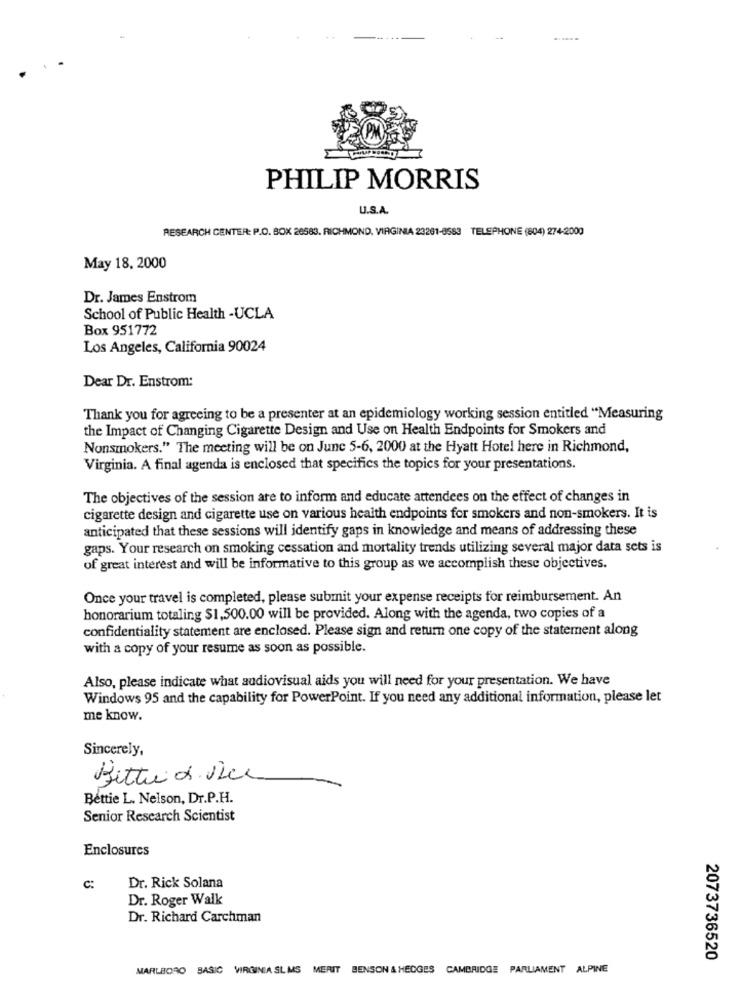
PHILIP MORRIS
U.S.A.
RESEARCH CENTER: P.O. BOX 20583. RICHMOND, VIRGINIA 23261-6583 TELEPHONE (804) 274-2000
May 18, 2000
Dr. James Enstrom
School of Public Health -UCLA
Box 951772
Los Angeles, California 90024
Dear Dr. Enstrom:
Thank you for agreeing to be a presenter at an epidemiology working session entitled "Measuring
the Impact of Changing Cigarette Design and Use on Health Endpoints for Smokers and
Nonsmokers." The meeting will be on June 5-6, 2000 at the Hyatt Hotel here in Richmond,
Virginia. A final agenda is enclosed that specifics the topics for your presentations.
The objectives of the session are to inform and educate attendees on the effect of changes in
cigarette design and cigarette use on various health endpoints for smokers and non-smokers. It is
anticipated that these sessions will identify gaps in knowledge and means of addressing these
gaps. Your research on smoking cessation and mortality trends utilizing several major data sets is
of great interest and will be informative to this group as we accomplish these objectives.
Once your travel is completed, please submit your expense receipts for reimbursement. An
honorarium totaling $1,500.00 will be provided. Along with the agenda, two copies of a
confidentiality statement are enclosed. Please sign and return one copy of the statement along
with a copy of your resume as soon as possible.
Also, please indicate what audiovisual aids you will need for your presentation. We have
Windows 95 and the capability for PowerPoint. If you need any additional information, please let
me know.
Sincerely,
Bitte & Rice
Bettie L. Nelson, Dr.P.H.
Senior Research Scientist
Enclosures
C:
Dr. Rick Solana
Dr. Roger Walk
Dr. Richard Carchman
2073736520
MARLBORO BASIC VIRGINIA SL MS MERIT BENSON & HEDGES CAMBRIDGE PARLIAMENT ALPINE